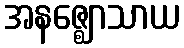
အနဇ္ဈောသာယ